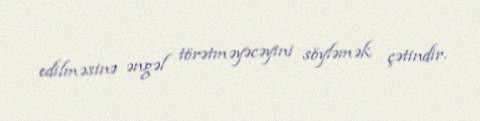
edilməsinə əngəl törətməyəcəyini söyləmək çətindir.